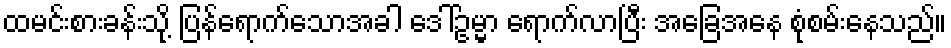
ထမင်းစားခန်းသို့ ပြန်ရောက်သောအခါ ဒေါ်ဥမ္မာ ရောက်လာပြီး အခြေအနေ စုံစမ်းနေသည်။